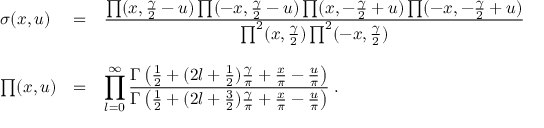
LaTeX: \begin{array} { l c l } { { \sigma ( x , u ) } } & { { = } } & { { \frac { \textstyle \prod ( x , \frac { \gamma } { 2 } - u ) \prod ( - x , \frac { \gamma } { 2 } - u ) \prod ( x , - \frac { \gamma } { 2 } + u ) \prod ( - x , - \frac { \gamma } { 2 } + u ) } { \textstyle \prod ^ { 2 } ( x , \frac { \gamma } { 2 } ) \prod ^ { 2 } ( - x , \frac { \gamma } { 2 } ) } } } \\ { { } } & { { } } & { { } } \\ { { \prod ( x , u ) } } & { { = } } & { { \displaystyle \prod _ { l = 0 } ^ { \infty } \frac { \textstyle \Gamma \left( \frac { 1 } { 2 } + ( 2 l + \frac { 1 } { 2 } ) \frac { \gamma } { \pi } + \frac { x } { \pi } - \frac { u } { \pi } \right) } { \textstyle \Gamma \left( \frac { 1 } { 2 } + ( 2 l + \frac { 3 } { 2 } ) \frac { \gamma } { \pi } + \frac { x } { \pi } - \frac { u } { \pi } \right) } \; . } } \end{array}